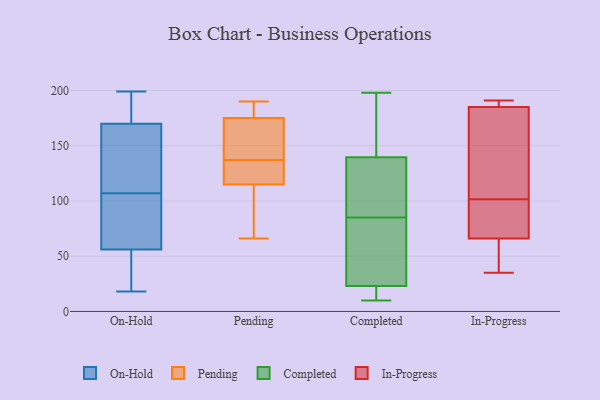
{"axis": {"x": "Website Visitors", "y": "Value"}, "legend": ["Completed", "In-Progress", "On-Hold", "Pending"], "data": [{"x": "", "y": 96, "type": "On-Hold"}, {"x": "", "y": 179, "type": "On-Hold"}, {"x": "", "y": 33, "type": "On-Hold"}, {"x": "", "y": 18, "type": "On-Hold"}, {"x": "", "y": 121, "type": "On-Hold"}, {"x": "", "y": 170, "type": "On-Hold"}, {"x": "", "y": 118, "type": "On-Hold"}, {"x": "", "y": 58, "type": "On-Hold"}, {"x": "", "y": 56, "type": "On-Hold"}, {"x": "", "y": 199, "type": "On-Hold"}, {"x": "", "y": 173, "type": "Pending"}, {"x": "", "y": 132, "type": "Pending"}, {"x": "", "y": 186, "type": "Pending"}, {"x": "", "y": 142, "type": "Pending"}, {"x": "", "y": 190, "type": "Pending"}, {"x": "", "y": 175, "type": "Pending"}, {"x": "", "y": 129, "type": "Pending"}, {"x": "", "y": 177, "type": "Pending"}, {"x": "", "y": 68, "type": "Pending"}, {"x": "", "y": 121, "type": "Pending"}, {"x": "", "y": 67, "type": "Pending"}, {"x": "", "y": 66, "type": "Pending"}, {"x": "", "y": 143, "type": "Pending"}, {"x": "", "y": 115, "type": "Pending"}, {"x": "", "y": 18, "type": "Completed"}, {"x": "", "y": 23, "type": "Completed"}, {"x": "", "y": 85, "type": "Completed"}, {"x": "", "y": 100, "type": "Completed"}, {"x": "", "y": 159, "type": "Completed"}, {"x": "", "y": 193, "type": "Completed"}, {"x": "", "y": 23, "type": "Completed"}, {"x": "", "y": 198, "type": "Completed"}, {"x": "", "y": 145, "type": "Completed"}, {"x": "", "y": 27, "type": "Completed"}, {"x": "", "y": 19, "type": "Completed"}, {"x": "", "y": 97, "type": "Completed"}, {"x": "", "y": 120, "type": "Completed"}, {"x": "", "y": 157, "type": "Completed"}, {"x": "", "y": 24, "type": "Completed"}, {"x": "", "y": 123, "type": "Completed"}, {"x": "", "y": 77, "type": "Completed"}, {"x": "", "y": 12, "type": "Completed"}, {"x": "", "y": 10, "type": "Completed"}, {"x": "", "y": 46, "type": "In-Progress"}, {"x": "", "y": 70, "type": "In-Progress"}, {"x": "", "y": 35, "type": "In-Progress"}, {"x": "", "y": 128, "type": "In-Progress"}, {"x": "", "y": 141, "type": "In-Progress"}, {"x": "", "y": 75, "type": "In-Progress"}, {"x": "", "y": 66, "type": "In-Progress"}, {"x": "", "y": 187, "type": "In-Progress"}, {"x": "", "y": 185, "type": "In-Progress"}, {"x": "", "y": 191, "type": "In-Progress"}]}